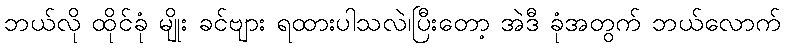
ဘယ်လို ထိုင်ခုံ မျိုး ခင်ဗျား ရထားပါသလဲ၊ပြီးတော့ အဲဒီ ခုံအတွက် ဘယ်လောက်